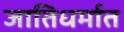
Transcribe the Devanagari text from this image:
जातिधर्मात